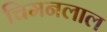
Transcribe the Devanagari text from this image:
चिमनलाल